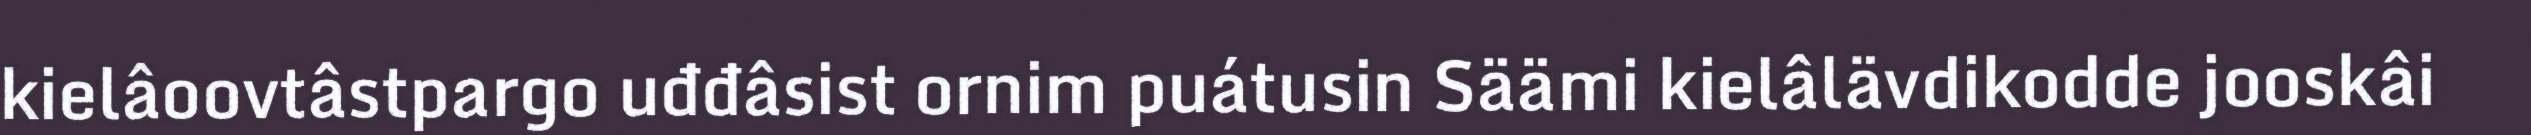
kielâoovtâstpargo uđđâsist ornim puátusin Säämi kielâlävdikodde jooskâi